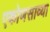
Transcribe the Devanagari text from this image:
एकोणसाव्या